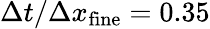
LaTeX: \Delta t/\Delta x_{\mathrm{fine}}=0.35